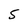
Character: 5